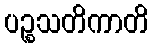
ပဉ္စသတိကာတိ